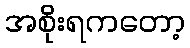
အစိုးရကတော့